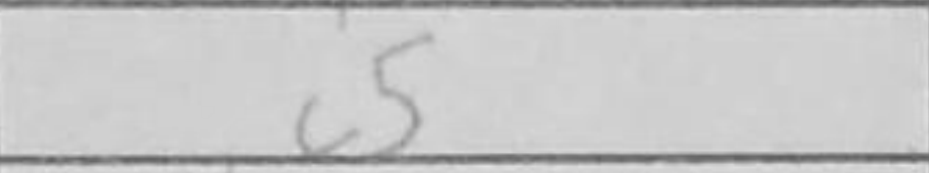
Transcription: c5